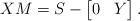
LaTeX: \begin{align*}XM = S - \begin{bmatrix}0 & Y \end{bmatrix}.\end{align*}